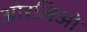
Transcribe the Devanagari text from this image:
ओरलिओ